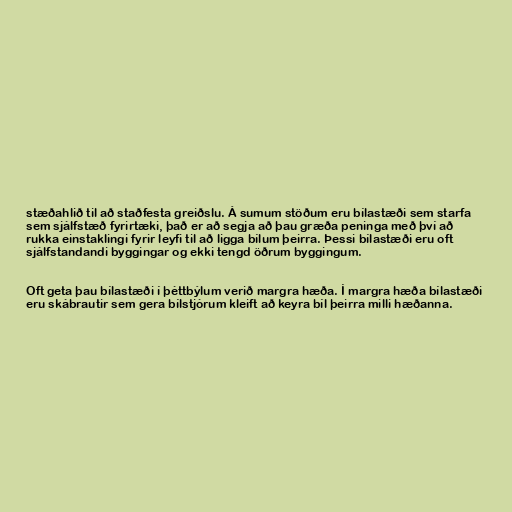
stæðahlið til að staðfesta greiðslu. Á sumum stöðum eru bílastæði sem starfa
sem sjálfstæð fyrirtæki, það er að segja að þau græða peninga með því að
rukka einstaklingi fyrir leyfi til að ligga bílum þeirra. Þessi bílastæði eru oft
sjálfstandandi byggingar og ekki tengd öðrum byggingum.

Oft geta þau bílastæði í þéttbýlum verið margra hæða. Í margra hæða bílastæði
eru skábrautir sem gera bílstjórum kleift að keyra bíl þeirra milli hæðanna.